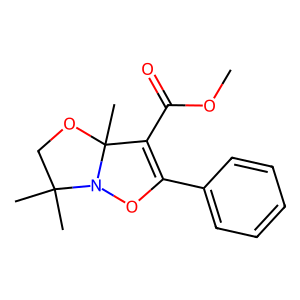
SMILES: COC(=O)C1=C(c2ccccc2)ON2C(C)(C)COC12C
Inhibits HIV replication: No